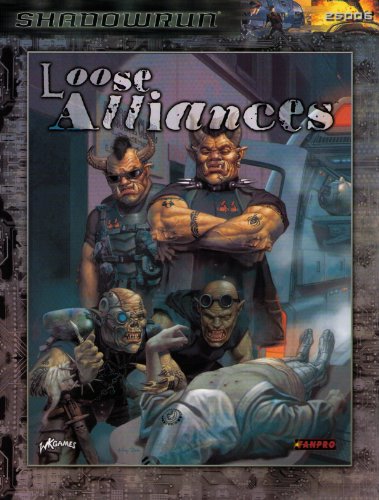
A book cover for Shadowrun: Loose Alliances (FPR25006); FanPro; Science Fiction & Fantasy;